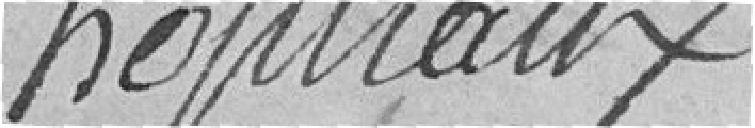
hopitaux